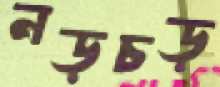
নড়চড়